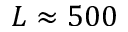
L \approx 5 0 0